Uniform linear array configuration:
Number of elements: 8
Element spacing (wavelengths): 0.5
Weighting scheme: hann
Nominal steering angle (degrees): -60
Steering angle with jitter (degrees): -60.82
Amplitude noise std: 0.05
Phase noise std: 0.05

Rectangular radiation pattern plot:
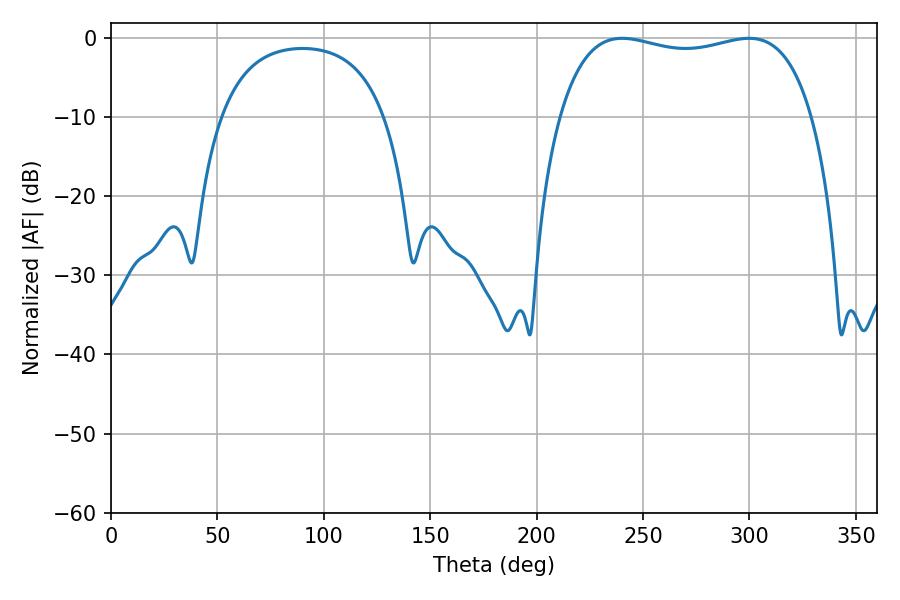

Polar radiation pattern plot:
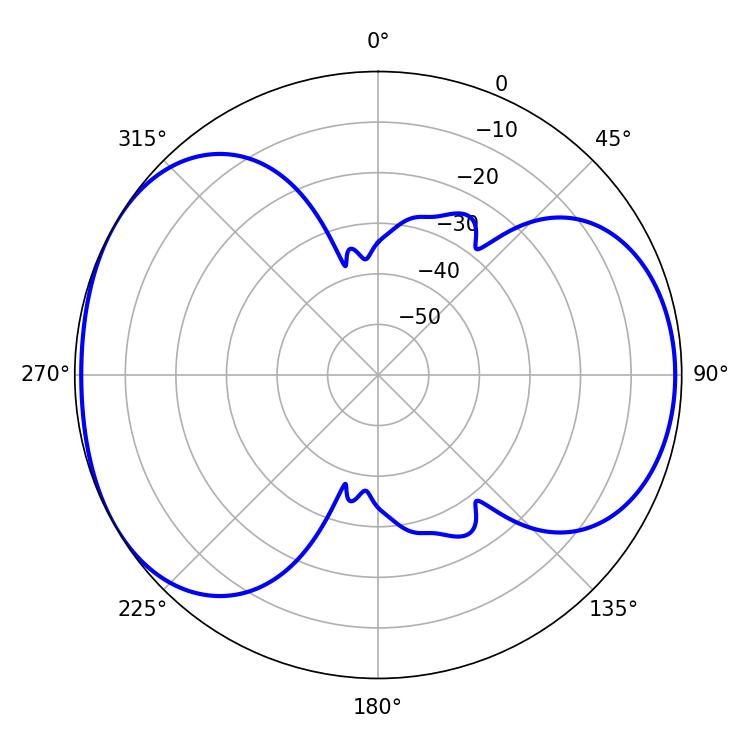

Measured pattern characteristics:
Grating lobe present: FALSE
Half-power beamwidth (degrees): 96.48
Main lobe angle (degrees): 240.12